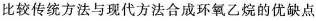
比较传统方法与现代方法合成环氧乙烷的优缺点